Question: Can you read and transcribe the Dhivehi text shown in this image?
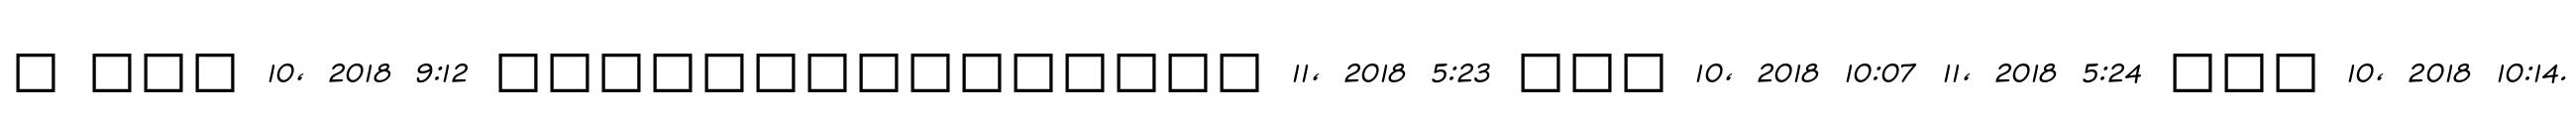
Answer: ? ??? 10, 2018 9:12 ??????????????? 11, 2018 5:23 ??? 10, 2018 10:07 11, 2018 5:24 ??? 10, 2018 10:14.